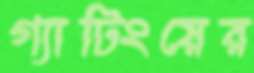
গ্যাটিংয়ের